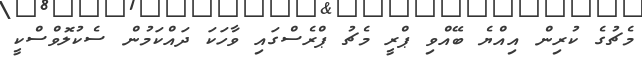
މެޗުގެ ކުރިން އިއްޔެ ބޭއްވި ޕްރީ މެޗު ޕްރެސްގައި ވާހަކަ ދައްކަމުން ސެކުލޮވްސްކީ